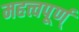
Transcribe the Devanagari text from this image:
महत्त्वपूर्ण्